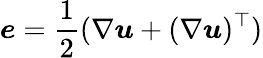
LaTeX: \boldsymbol{e}=\frac{1}{2}(\nabla\boldsymbol{u}+(\nabla\boldsymbol{u})^{\top})